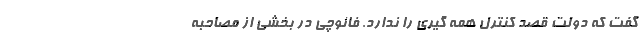
گفت که دولت قصد کنترل همه گیری را ندارد. فائوچی در بخشی از مصاحبه